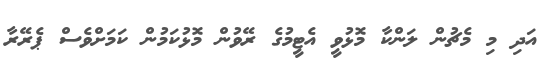
އަދި މި މެޗުން ލަންކާ މޮޅުވީ އެޓީމުގެ ރޭވުން މޮޅުކަމުން ކަމަށްވެސް ޕެރޭރާ